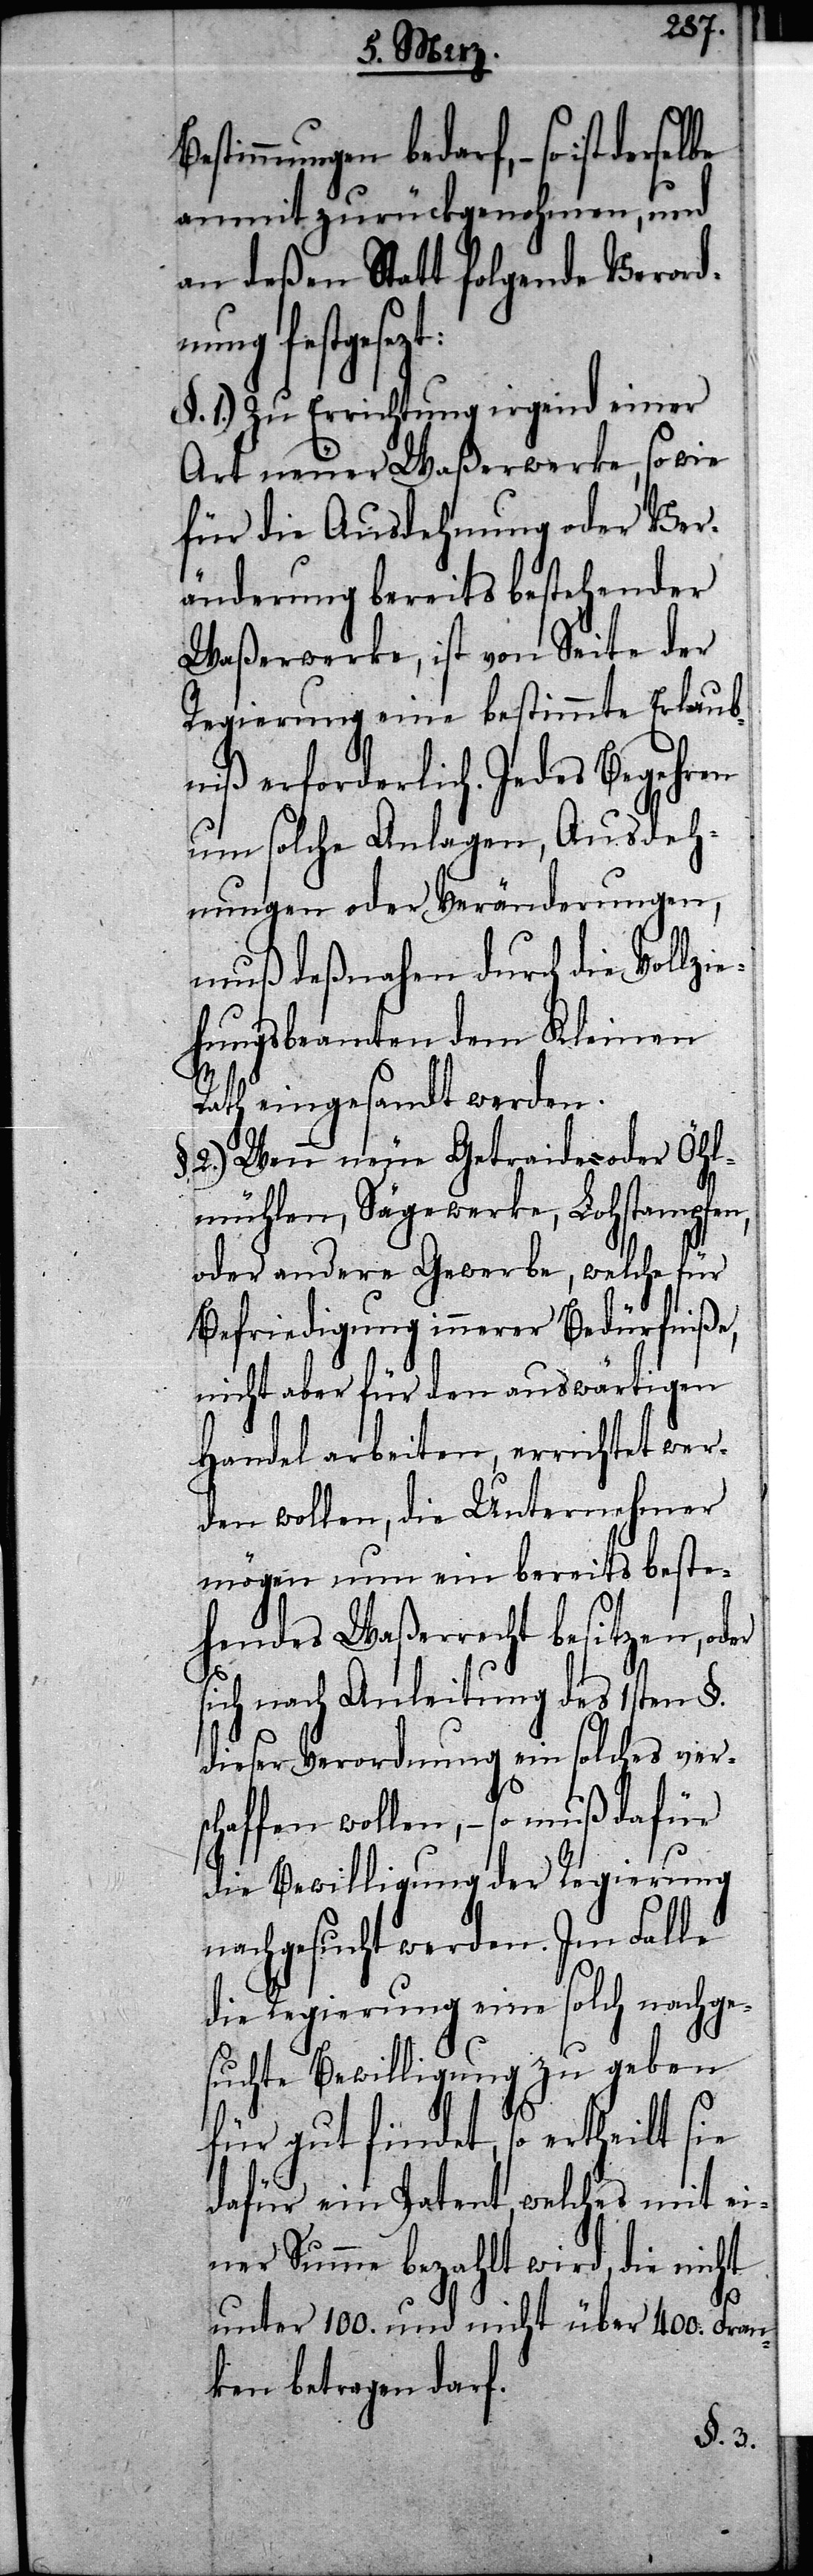
Bestimmungen bedarf, – so ist
anmit zurückgenohmen, und
an deßen Statt folgende Verord¬
ung festgesezt:
1.) Zu Errichtung irgend einer
Art neuer Waßerwerke, so wie
für die Ausdehnung oder Ver¬
änderung bereits bestehender
Waßerwerke, ist von Seite der
Regierung eine bestimmte Erlaub¬
niß erforderlich. Jedes Begehren
um solche Anlagen, Ausdeh¬
nungen oder Veränderungen,
muß deßnahen durch die Vollzi¬
ehungsbeamten dem Kleinen
Rath eingesandt werden.
2.) Wenn neue Getraide- oder Öhl¬
mühlen, Sägewerke, Lohstampfen,
oder andere Gewerbe, welche für
Befriedigung innerer Bedürfniße,
nicht aber für den auswärtigen
Handel arbeiten, errichtet wer¬
den wollen, die Unternehmer
mögen nun ein bereits beste¬
hendes Waßerrecht besitzen, oder
sich nach Anleitung des 1sten §.
dieser Verordnung ein solches vers¬
chaffen wollen, – so muß dafür
die Bewilligung der Regierung
nachgesucht werden. Im Falle
die Regierung eine solch nachge¬
suchte Bewilligung zu geben
für gut findet, so ertheilt sie
dafür ein Patent, welches mit ei¬
ner Summe bezahlt wird, die nicht
n¬
unter 100. und nicht über 400. Fran¬
ken betragen darf.